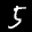
Label: 5